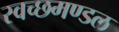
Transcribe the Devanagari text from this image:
स्‍वच्‍छमण्‍डल